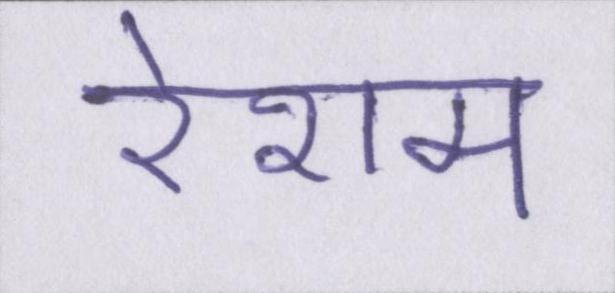
रेशम